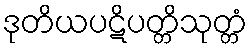
ဒုတိယပဋိပတ္တိသုတ္တံ